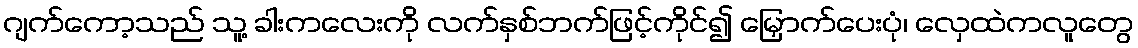
ဂျက်ကော့သည် သူ့ ခါးကလေးကို လက်နှစ်ဘက်ဖြင့်ကိုင်၍ မြှောက်ပေးပုံ၊ လှေထဲကလူတွေ